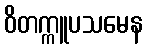
ဝိတက္ကူပသမေန